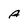
Character: A